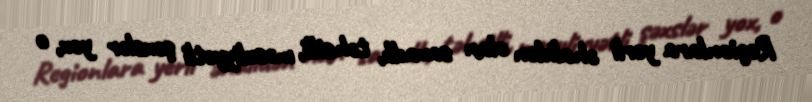
Regionlara yerli əhalidən olan savadlı, təhsilli, məsuliyyətli şəxslər yox, o